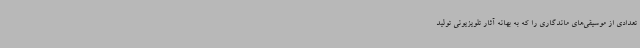
تعدادی از موسیقی‌های ماندگاری را که به بهانه آثار تلویزیونی تولید